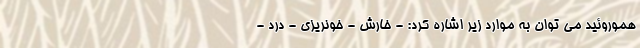
هموروئید می توان به موارد زیر اشاره کرد: - خارش - خونریزی - درد -